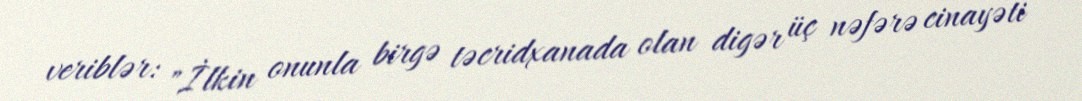
veriblər: "İlkin onunla birgə təcridxanada olan digər üç nəfərə cinayəti